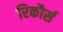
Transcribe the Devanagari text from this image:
रिकौर्स